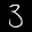
Label: 3